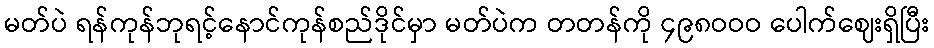
မတ်ပဲ ရန်ကုန်ဘုရင့်နောင်ကုန်စည်ဒိုင်မှာ မတ်ပဲက တတန်ကို ၄၉၈ဝဝဝ ပေါက်ဈေးရှိပြီး